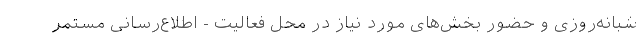
شبانه‌روزی و حضور بخش‌های مورد نیاز در محل فعالیت - اطلاع‌رسانی مستمر